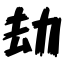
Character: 劫